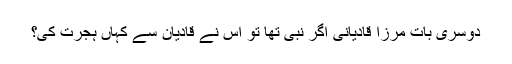
دوسری بات مرزا قادیانی اگر نبی تھا تو اس نے قادیان سے کہاں ہجرت کی؟